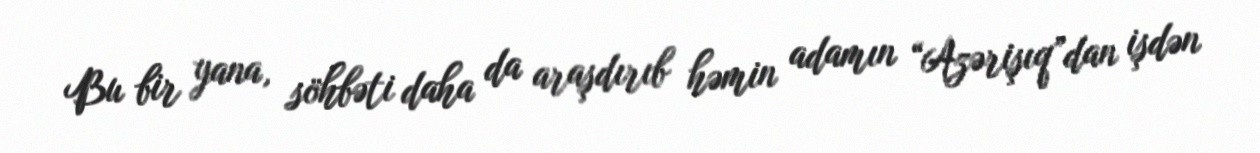
Bu bir yana, söhbəti daha da araşdırıb həmin adamın “Azərişıq”dan işdən